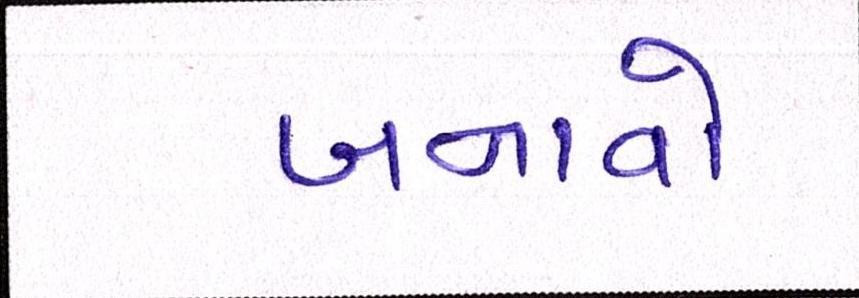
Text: બનાવો